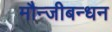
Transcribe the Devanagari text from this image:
मौन्जीबन्धन